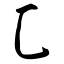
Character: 匚